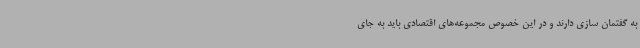
به گفتمان سازی دارند و در این خصوص مجموعه‌های اقتصادی باید به جای